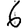
Digit: 6